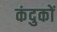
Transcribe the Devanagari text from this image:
कंदुकों